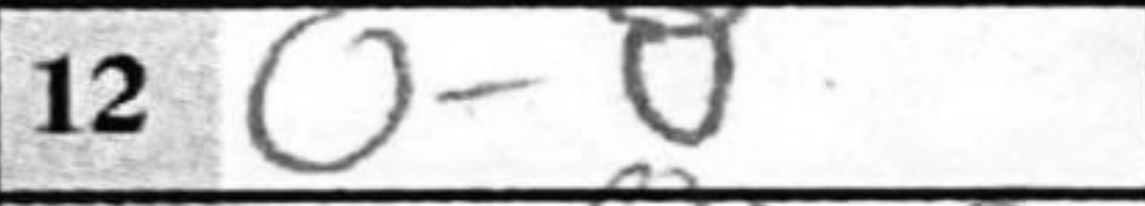
Transcription: O-O